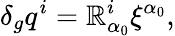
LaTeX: \delta_{g}q^{i}=\mathbb{R}_{\alpha_{0}}^{i}\xi^{\alpha_{0}},